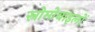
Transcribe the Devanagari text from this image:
स्नोमोबाइलों